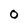
Character: 0